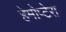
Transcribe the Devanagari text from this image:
हेमोप्टेरा